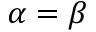
\alpha = \beta